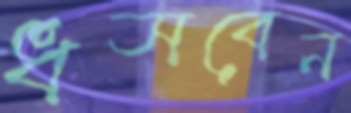
ধসবেন